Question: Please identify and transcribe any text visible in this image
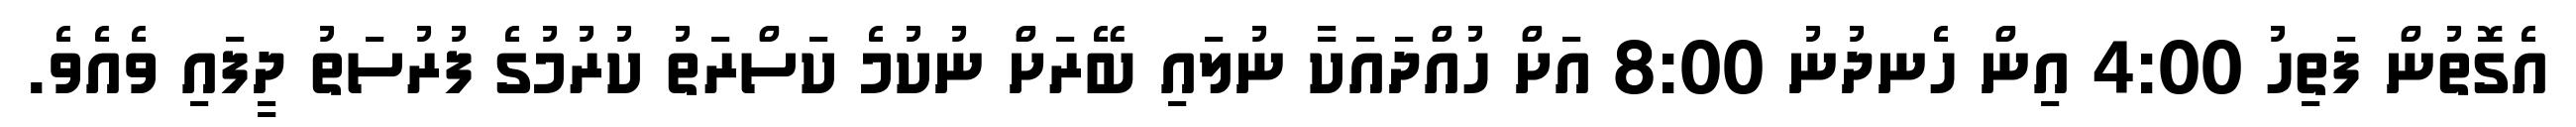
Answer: އެގޮތުން ފަތިހު 4:00 އިން ހެނދުނު 8:00 އަށް ހުއްދައަކާ ނުލައި ބޭރަށް ނުކުމެ ކަސްރަތު ކުރުމުގެ ފުރުސަތު ދީފައި ވެއެވެ.